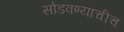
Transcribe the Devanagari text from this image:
सोडवण्याचीच